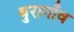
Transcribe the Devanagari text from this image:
बुरागाँव